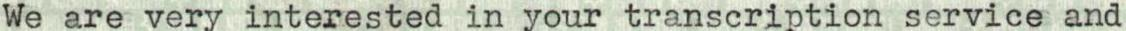
We are very interested in your transcription service and